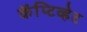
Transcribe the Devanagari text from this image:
कॅप्टिव्हेट